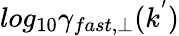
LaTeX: log_{10}\gamma_{fast,\perp}(k^{'})